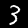
Digit: 3